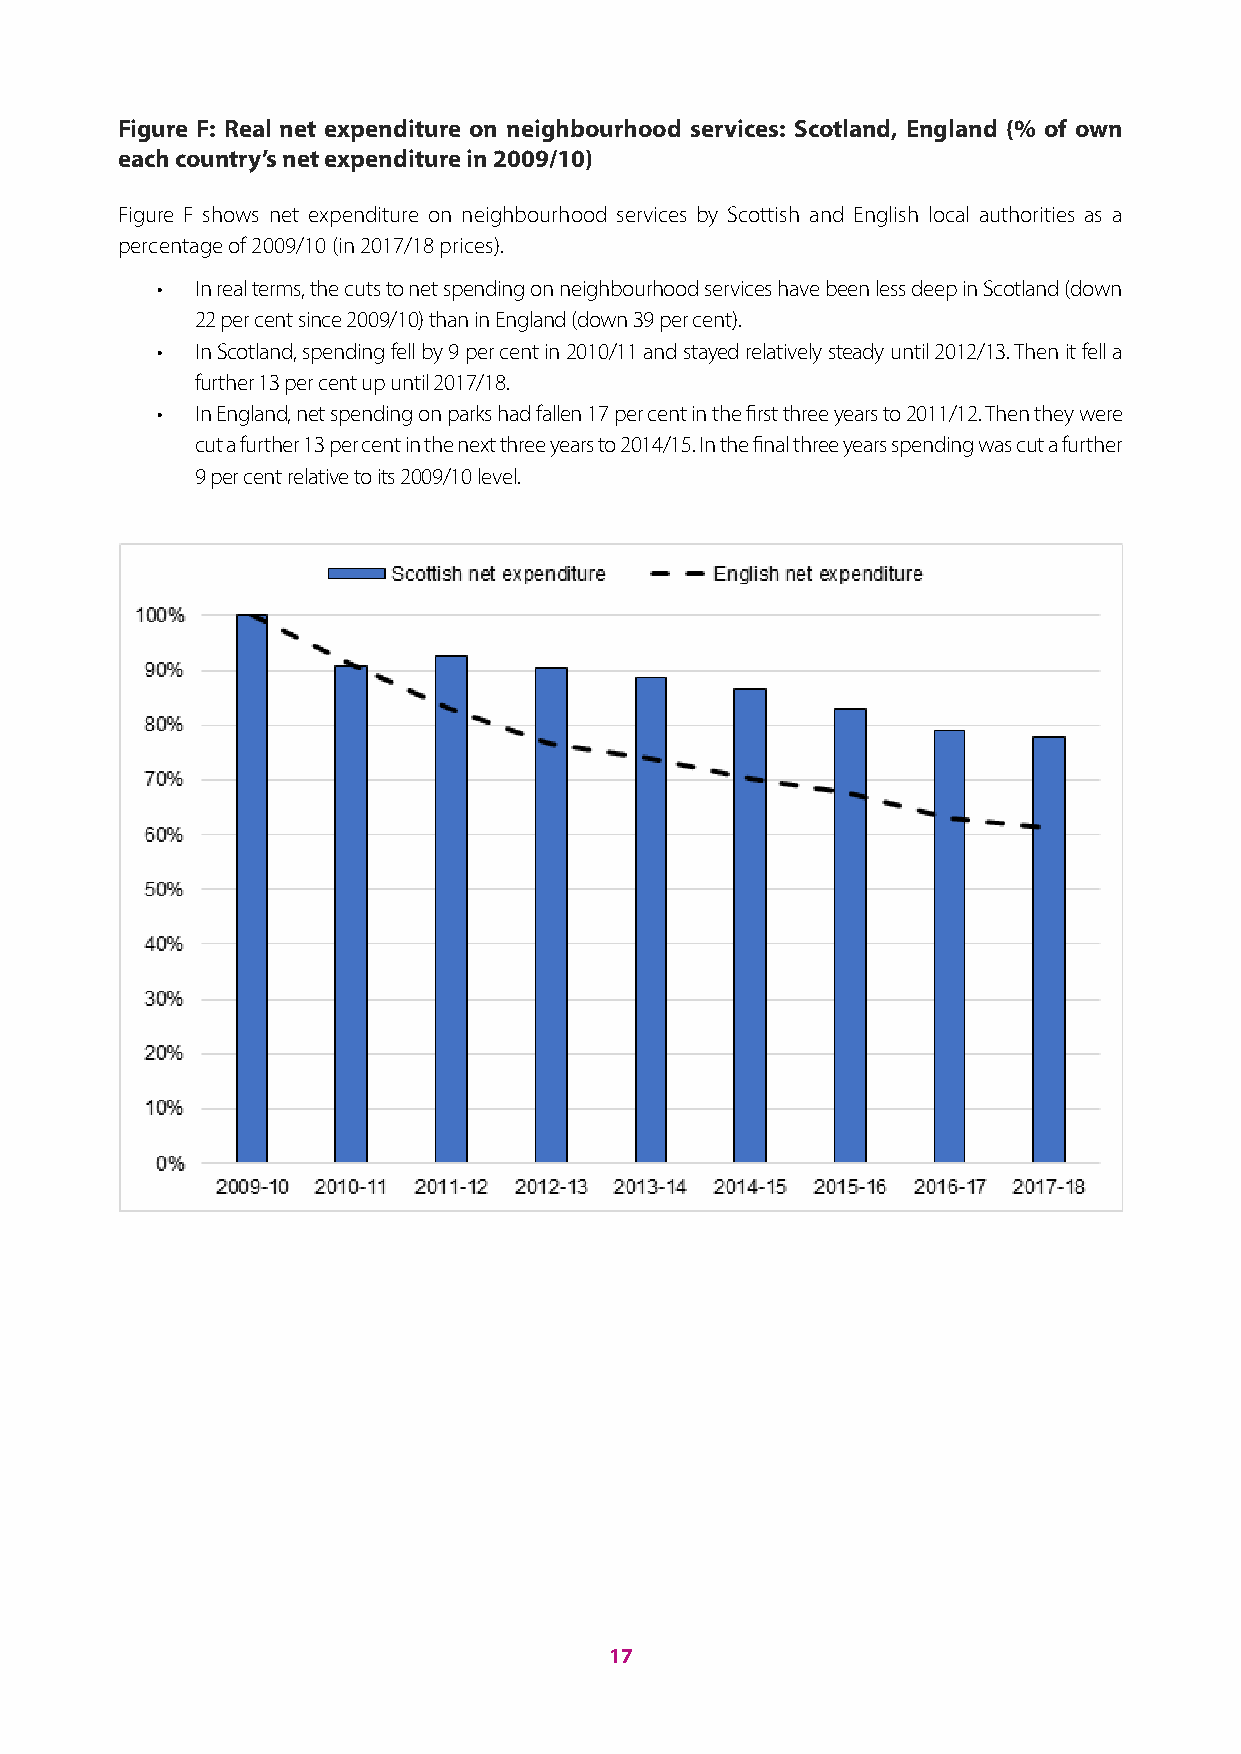
Figure F: Real net expenditure on neighbourhood services: Scotland, England (% of own
 each country’s net expenditure in 2009/10)
 Figure F shows net expenditure on neighbourhood services by Scottish and English local authorities as a
 percentage of 2009/10 (in 2017/18 prices).
 •  In real terms, the cuts to net spending on neighbourhood services have been less deep in Scotland (down
 22 per cent since 2009/10) than in England (down 39 per cent).
 •  In Scotland, spending fell by 9 per cent in 2010/11 and stayed relatively steady until 2012/13. Then it fell a
 further 13 per cent up until 2017/18.
 •  In England, net spending on parks had fallen 17 per cent in the first three years to 2011/12. Then they were
 cut a further 13 per cent in the next three years to 2014/15. In the final three years spending was cut a further
 9 per cent relative to its 2009/10 level.
 17